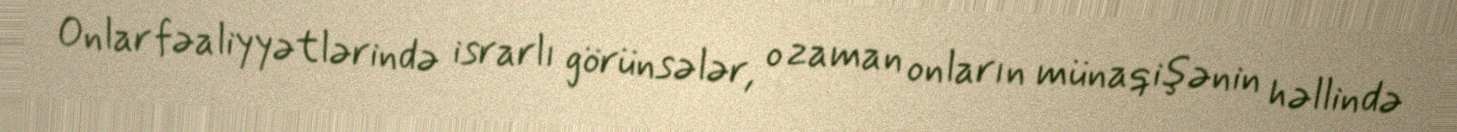
Onlar fəaliyyətlərində israrlı görünsələr, o zaman onların münaqişənin həllində